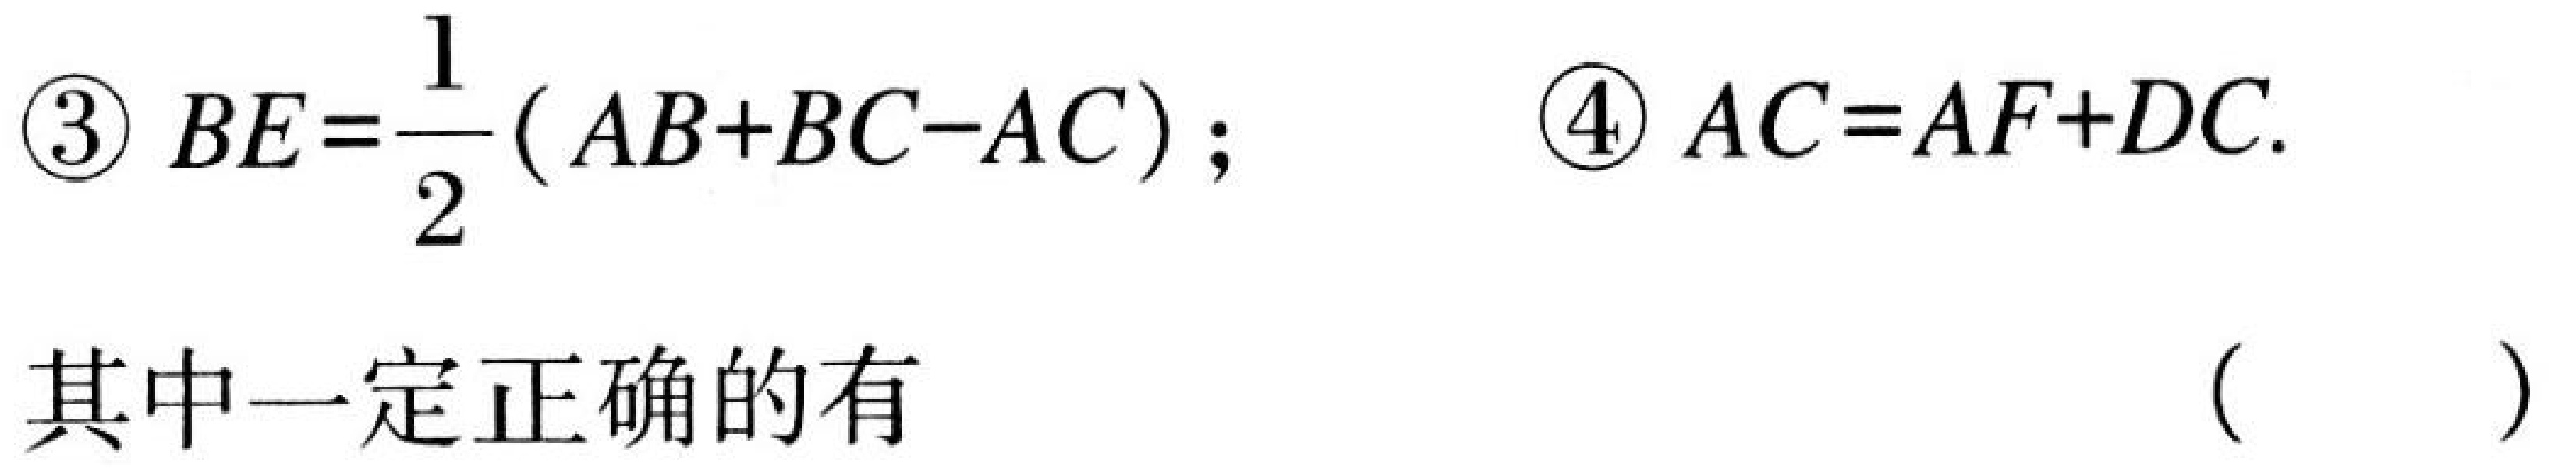
\begin{enumerate}
\item $BE = \dfrac{1}{2}(AB + BC - AC)$;
\item $AC=AF + DC$.
\end{enumerate}
其中一定正确的有 （  ）